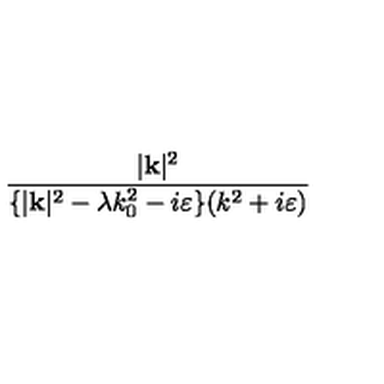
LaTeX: \frac { | \mathbf { k } | ^ { 2 } } { \{ | \mathbf { k } | ^ { 2 } - \lambda k _ { 0 } ^ { 2 } - i \varepsilon \} ( k ^ { 2 } + i \varepsilon ) }